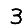
Digit: 3